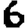
Digit: 6